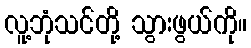
လူ့ဘုံသင်တို့ သွားဖွယ်ကို။